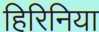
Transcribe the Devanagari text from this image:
हिरिनिया